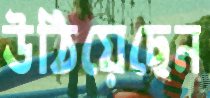
উঠিয়েছেন